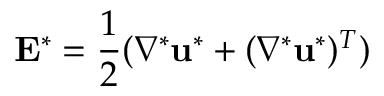
\mathbf { E } ^ { * } = \frac { 1 } { 2 } ( \nabla ^ { * } \mathbf { u } ^ { * } + ( \nabla ^ { * } \mathbf { u } ^ { * } ) ^ { T } )